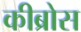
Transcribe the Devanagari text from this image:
कीब्रोस